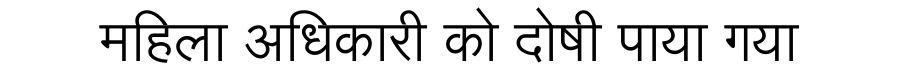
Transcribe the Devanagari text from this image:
महिला अधिकारी को दोषी पाया गया